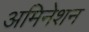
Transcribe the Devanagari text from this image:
अमिनेशन